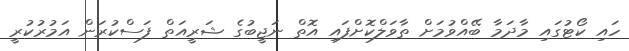
ހައި ކޯޓުގައި މާދަމާ ބޭއްވުމަށް ތާވަލްކޮށްފައި އޮތް ނަޖީބުގެ ޝަރީއަތް ފަސްކުރަން އަމުރުކުރީ